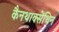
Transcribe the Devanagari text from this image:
कैनथाक्सेंथिन